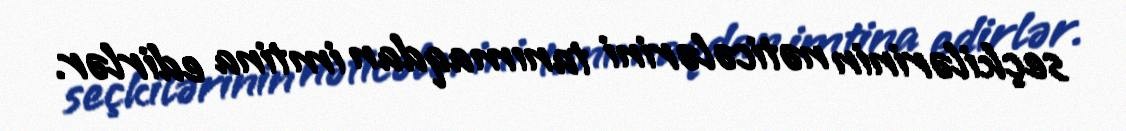
seçkilərinin nəticələrini tanımaqdan imtina edirlər.